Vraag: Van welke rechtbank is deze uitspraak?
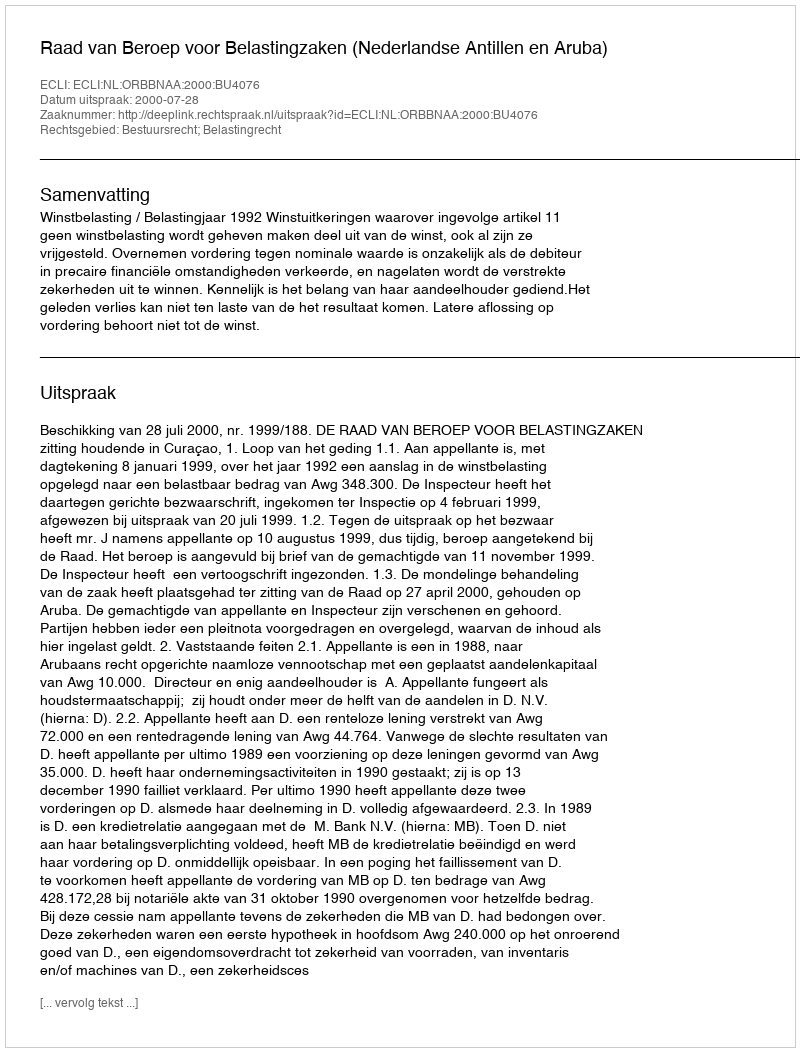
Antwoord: Raad van Beroep voor Belastingzaken (Nederlandse Antillen en Aruba)